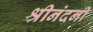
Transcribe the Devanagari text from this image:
श्रीनंदनी